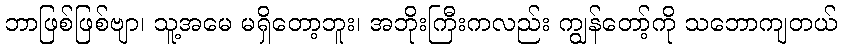
ဘာဖြစ်ဖြစ်ဗျာ၊ သူ့အမေ မရှိတော့ဘူး၊ အဘိုးကြီးကလည်း ကျွန်တော့်ကို သဘောကျတယ်